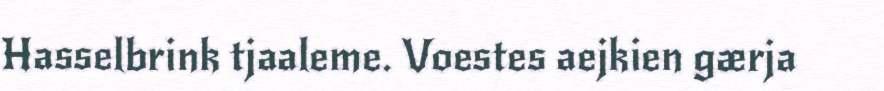
Hasselbrink tjaaleme. Voestes aejkien gærja